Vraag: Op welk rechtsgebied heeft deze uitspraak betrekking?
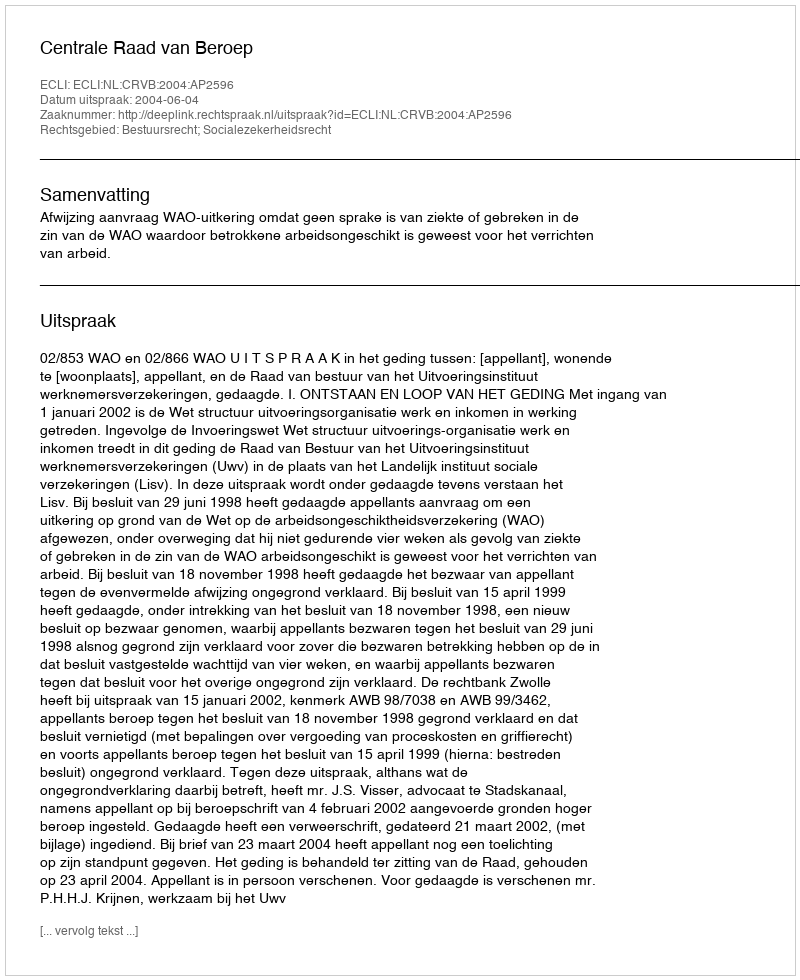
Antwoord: Bestuursrecht; Socialezekerheidsrecht